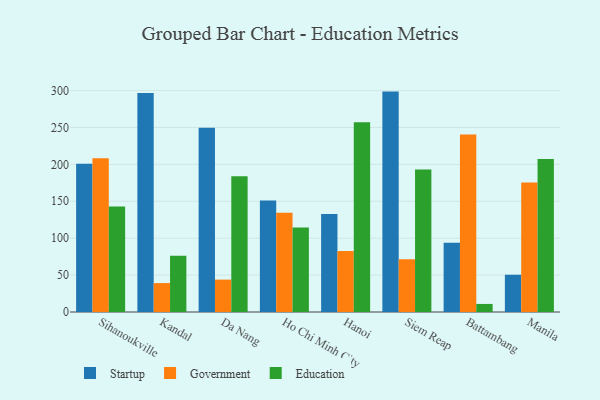
{"axis": {"x": "City", "y": "Demand Index"}, "legend": ["Education", "Government", "Startup"], "data": [{"x": "Sihanoukville", "y": 201.0, "type": "Startup"}, {"x": "Sihanoukville", "y": 208.4, "type": "Government"}, {"x": "Sihanoukville", "y": 142.9, "type": "Education"}, {"x": "Kandal", "y": 296.8, "type": "Startup"}, {"x": "Kandal", "y": 39.2, "type": "Government"}, {"x": "Kandal", "y": 76.3, "type": "Education"}, {"x": "Da Nang", "y": 249.6, "type": "Startup"}, {"x": "Da Nang", "y": 43.9, "type": "Government"}, {"x": "Da Nang", "y": 183.8, "type": "Education"}, {"x": "Ho Chi Minh City", "y": 151.2, "type": "Startup"}, {"x": "Ho Chi Minh City", "y": 134.5, "type": "Government"}, {"x": "Ho Chi Minh City", "y": 114.5, "type": "Education"}, {"x": "Hanoi", "y": 132.9, "type": "Startup"}, {"x": "Hanoi", "y": 82.8, "type": "Government"}, {"x": "Hanoi", "y": 257.2, "type": "Education"}, {"x": "Siem Reap", "y": 298.6, "type": "Startup"}, {"x": "Siem Reap", "y": 71.3, "type": "Government"}, {"x": "Siem Reap", "y": 193.2, "type": "Education"}, {"x": "Battambang", "y": 93.9, "type": "Startup"}, {"x": "Battambang", "y": 240.4, "type": "Government"}, {"x": "Battambang", "y": 10.9, "type": "Education"}, {"x": "Manila", "y": 50.5, "type": "Startup"}, {"x": "Manila", "y": 175.5, "type": "Government"}, {"x": "Manila", "y": 207.2, "type": "Education"}]}